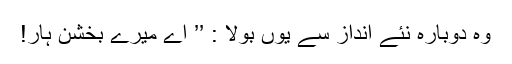
وہ دوبارہ نئے انداز سے یوں بولا : ’’ اے میرے بخشن ہار!